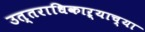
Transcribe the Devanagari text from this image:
उत्तराधिकाऱ्याच्या